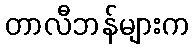
တာလီဘန်များက